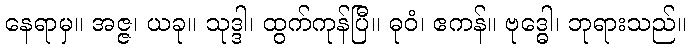
နေရာမှ။ အဇ္ဇ၊ ယခု။ သုဒ္ဒါ၊ ထွက်ကုန်ပြီ။ ဓုဝံ၊ ဧကန်။ ဗုဒ္ဓေါ၊ ဘုရားသည်။